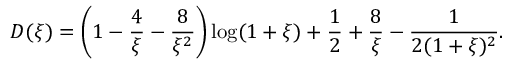
D ( \xi ) = \left( 1 - \frac { 4 } { \xi } - \frac { 8 } { \xi ^ { 2 } } \right) \log ( 1 + \xi ) + \frac { 1 } { 2 } + \frac { 8 } { \xi } - \frac { 1 } { 2 ( 1 + \xi ) ^ { 2 } } .